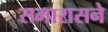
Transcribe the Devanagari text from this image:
समारासने